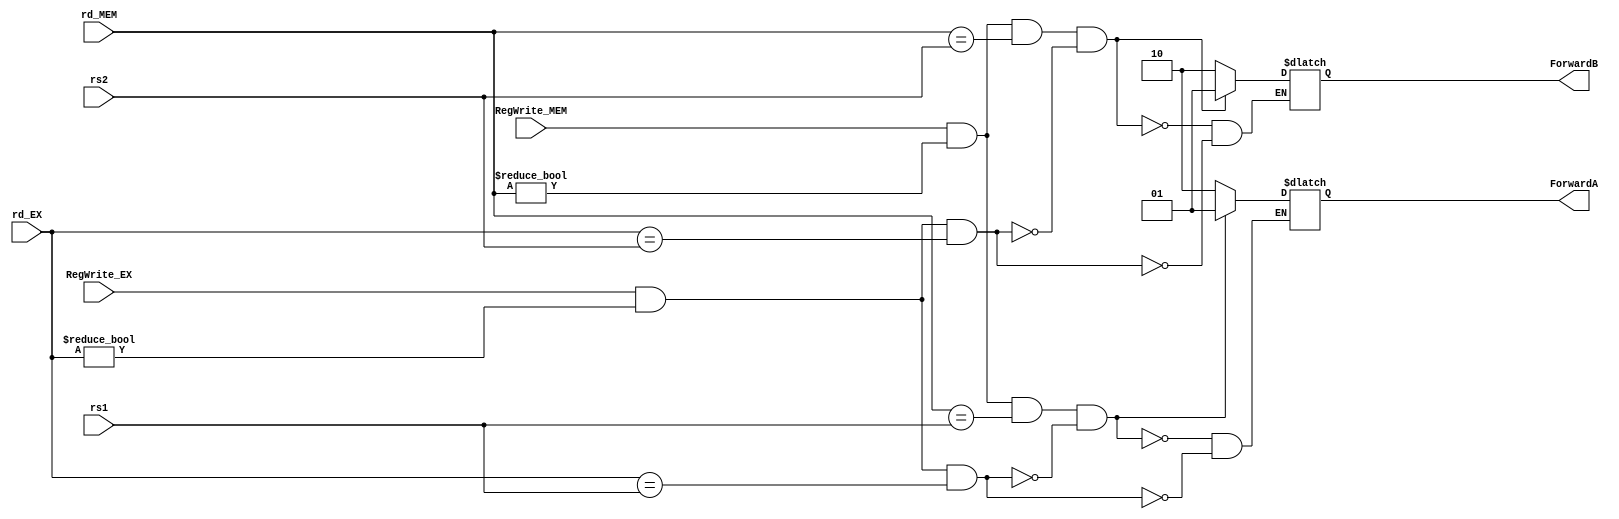


`timescale 1ns/1ns

module forwarding_unit(input RegWrite_EX, input RegWrite_MEM,input [4:0] rs1,input [4:0] rs2,
input [4:0] rd_EX,input [4:0] rd_MEM, output reg [1:0] ForwardA,output reg [1:0] ForwardB );

always @ (*)
begin
if (RegWrite_EX && (rd_EX != 0) && (rd_EX == rs1))
ForwardA = 2'b10;
   
if (RegWrite_EX && (rd_EX != 0) && (rd_EX == rs2))
ForwardB = 2'b10;

if (RegWrite_MEM && (rd_MEM !=0) && (rd_MEM == rs1) && !(RegWrite_EX && (rd_EX != 0) && (rd_EX == rs1)))
ForwardA = 2'b01;
   
if (RegWrite_MEM && (rd_MEM !=0) && (rd_MEM == rs2) && !(RegWrite_EX && (rd_EX != 0) && (rd_EX == rs2)))
ForwardB=2'b01;
 
end
endmodule